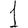
Digit: 1